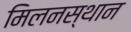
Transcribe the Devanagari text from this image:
मिलनस्थान